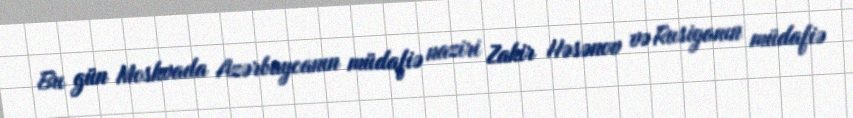
Bu gün Moskvada Azərbaycanın müdafiə naziri Zakir Həsənov və Rusiyanın müdafiə